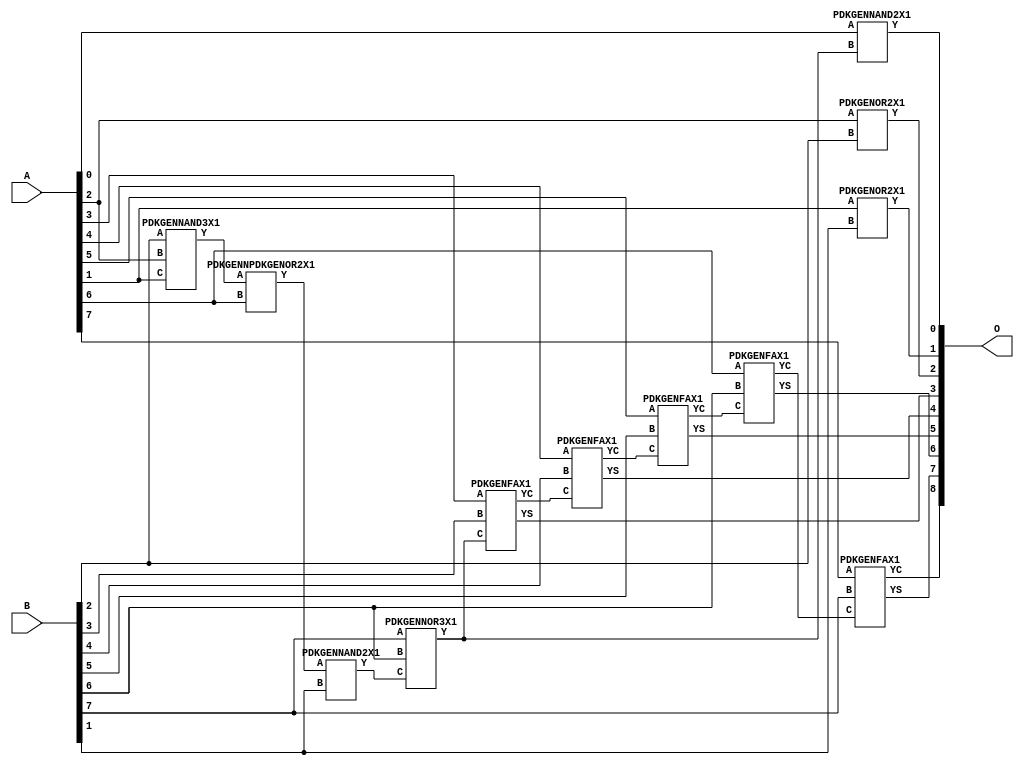
// Library = EvoApprox8b
// Circuit = add8_041
// Area   (180) = 836
// Delay  (180) = 1.490
// Power  (180) = 214.00
// Area   (45) = 61
// Delay  (45) = 0.540
// Power  (45) = 21.10
// Nodes = 12
// HD = 141504
// MAE = 1.74609
// MSE = 6.24219
// MRE = 0.90 %
// WCE = 7
// WCRE = 100 %
// EP = 71.7 %

module add8_041(A, B, O);
  input [7:0] A;
  input [7:0] B;
  output [8:0] O;
  wire [2031:0] N;

  assign N[0] = A[0];
  assign N[1] = A[0];
  assign N[2] = A[1];
  assign N[3] = A[1];
  assign N[4] = A[2];
  assign N[5] = A[2];
  assign N[6] = A[3];
  assign N[7] = A[3];
  assign N[8] = A[4];
  assign N[9] = A[4];
  assign N[10] = A[5];
  assign N[11] = A[5];
  assign N[12] = A[6];
  assign N[13] = A[6];
  assign N[14] = A[7];
  assign N[15] = A[7];
  assign N[16] = B[0];
  assign N[17] = B[0];
  assign N[18] = B[1];
  assign N[19] = B[1];
  assign N[20] = B[2];
  assign N[21] = B[2];
  assign N[22] = B[3];
  assign N[23] = B[3];
  assign N[24] = B[4];
  assign N[25] = B[4];
  assign N[26] = B[5];
  assign N[27] = B[5];
  assign N[28] = B[6];
  assign N[29] = B[6];
  assign N[30] = B[7];
  assign N[31] = B[7];

  PDKGENNAND3X1 n32(.A(N[20]), .B(N[4]), .C(N[2]), .Y(N[32]));
  assign N[33] = N[32];
  PDKGENNPDKGENOR2X1 n34(.A(N[33]), .B(N[12]), .Y(N[34]));
  assign N[35] = N[34];
  PDKGENNAND2X1 n40(.A(N[35]), .B(N[18]), .Y(N[40]));
  PDKGENNOR3X1 n42(.A(N[30]), .B(N[28]), .C(N[40]), .Y(N[42]));
  assign N[43] = N[42];
  PDKGENOR2X1 n82(.A(N[2]), .B(N[18]), .Y(N[82]));
  PDKGENNAND2X1 n100(.A(N[0]), .B(N[42]), .Y(N[100]));
  PDKGENOR2X1 n132(.A(N[4]), .B(N[20]), .Y(N[132]));
  PDKGENFAX1 n182(.A(N[6]), .B(N[22]), .C(N[43]), .YS(N[182]), .YC(N[183]));
  PDKGENFAX1 n232(.A(N[8]), .B(N[24]), .C(N[183]), .YS(N[232]), .YC(N[233]));
  PDKGENFAX1 n282(.A(N[10]), .B(N[26]), .C(N[233]), .YS(N[282]), .YC(N[283]));
  PDKGENFAX1 n332(.A(N[12]), .B(N[28]), .C(N[283]), .YS(N[332]), .YC(N[333]));
  PDKGENFAX1 n382(.A(N[14]), .B(N[30]), .C(N[333]), .YS(N[382]), .YC(N[383]));

  assign O[0] = N[100];
  assign O[1] = N[82];
  assign O[2] = N[132];
  assign O[3] = N[182];
  assign O[4] = N[232];
  assign O[5] = N[282];
  assign O[6] = N[332];
  assign O[7] = N[382];
  assign O[8] = N[383];

endmodule
/* mod */
module PDKGENFAX1( input A, input B, input C, output YS, output YC );
    assign YS = (A ^ B) ^ C;
    assign YC = (A & B) | (B & C) | (A & C);
endmodule
/* mod */
module PDKGENNOR3X1(input A, input B, input C, output Y );
     assign Y = ~((A | B) | C);
endmodule
/* mod */
module PDKGENNPDKGENOR2X1(input A, input B, output Y );
     assign Y = ~(A | B);
endmodule
/* mod */
module PDKGENNAND3X1(input A, input B, input C, output Y );
     assign Y = ~((A & B) & C);
endmodule
/* mod */
module PDKGENOR2X1(input A, input B, output Y );
     assign Y = A | B;
endmodule
/* mod */
module PDKGENNAND2X1(input A, input B, output Y );
     assign Y = ~(A & B);
endmodule